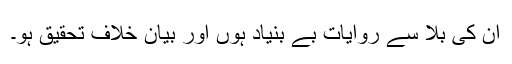
ان کی بلا سے روایات بے بنیاد ہوں اور بیان خلافِ تحقیق ہو۔